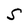
Character: S